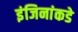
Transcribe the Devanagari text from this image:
इंजिनांकडे